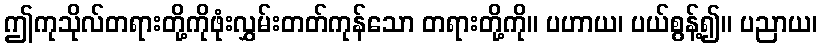
ဤကုသိုလ်တရားတို့ကိုဖုံးလွှမ်းတတ်ကုန်သော တရားတို့ကို။ ပဟာယ၊ ပယ်စွန့်၍။ ပညာယ၊